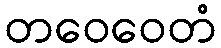
တဝေဝေတံ